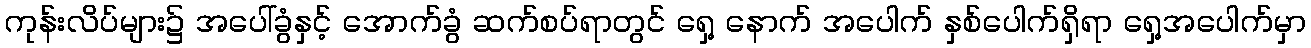
ကုန်းလိပ်များ၌ အပေါ်ခွံနှင့် အောက်ခွံ ဆက်စပ်ရာတွင် ရှေ့ နောက် အပေါက် နှစ်ပေါက်ရှိရာ ရှေ့အပေါက်မှာ